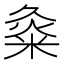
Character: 𱹇